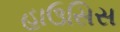
હાઉસિસ